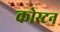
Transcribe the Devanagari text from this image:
कोस्टन